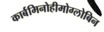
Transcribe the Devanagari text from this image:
कार्बमिनोहीमोग्लोबिन